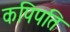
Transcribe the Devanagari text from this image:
कपिपति